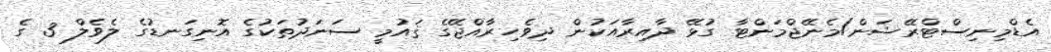
އެޑްމިނިސްޓްރޭޝަން/މެނޭޖްމަންޓާ ގުޅޭ ދާއިރާއަކުން ދިވެހިރާއްޖޭގެ ޤައުމީ ސަނަދުތަކުގެ އޮނިގަނޑުގެ ލެވެލް 3 ގެ